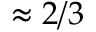
\approx 2 / 3